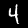
Label: 4